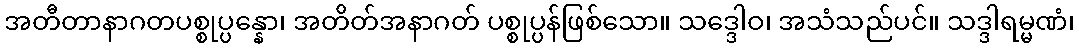
အတီတာနာဂတပစ္စုပ္ပန္နော၊ အတိတ်အနာဂတ် ပစ္စုပ္ပန်ဖြစ်သော။ သဒ္ဒေါဝ၊ အသံသည်ပင်။ သဒ္ဒါရမ္မဏံ၊